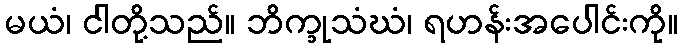
မယံ၊ ငါတို့သည်။ ဘိက္ခုသံဃံ၊ ရဟန်းအပေါင်းကို။